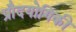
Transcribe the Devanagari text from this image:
प्रौदयोगिकी